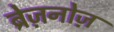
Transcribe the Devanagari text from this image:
ब्रेज़नोज़